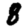
Digit: 8